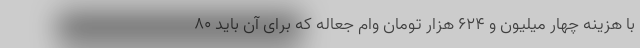
با هزینه چهار میلیون و ۶۲۴ هزار تومان وام جعاله که برای آن باید ۸۰